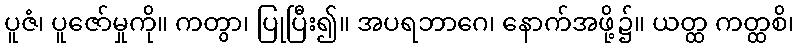
ပူဇံ၊ ပူဇော်မှုကို။ ကတွာ၊ ပြုပြီး၍။ အပရဘာဂေ၊ နောက်အဖို့၌။ ယတ္ထ ကတ္ထစိ၊